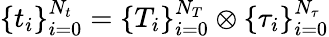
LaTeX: \{ t_{i}\} _{i=0}^{N_{t}}=\{ T_{i}\} _{i=0}^{N_{T}}\otimes\{ \tau_{i}\} _{i=0}^{N_{\tau}}